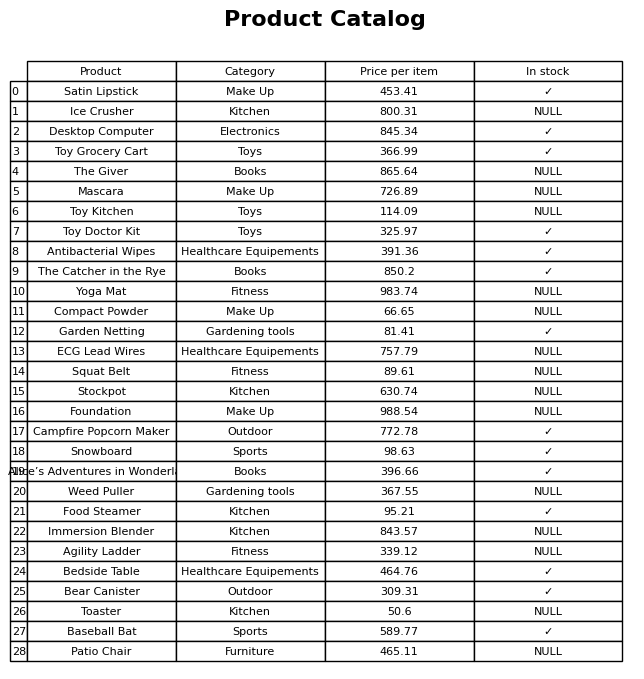
question: What is the stock status of the Antibacterial Wipes?
answer: ✓